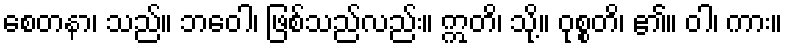
စေတနာ၊ သည်။ ဘဝေါ၊ ဖြစ်သည်လည်း။ ဣတိ၊ သို့။ ဝုစ္စတိ၊ ၏။ ဝါ၊ ကား။